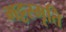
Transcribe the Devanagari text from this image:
भट्टस्मृति